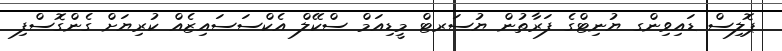
ޕޮލިސް ޑައިވިންގ ޔުނިޓްގެ ފަރާތުން ޔުސަރޓް މީޑިއަމް ސްކޭލް އެކްސަސައިޒެއް ކުރިޔަށް ގެންގޮސްފި